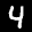
Label: 4